Annual report on the lock hospitals of the Madras Presidency
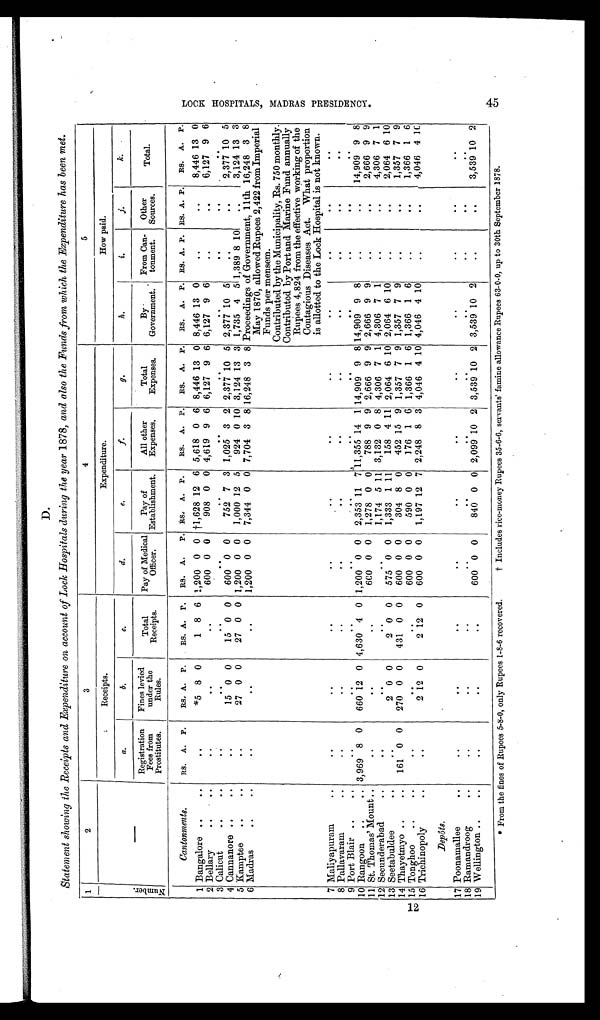
D.
Statement showing the Receipts and Expenditure on account of Lock Hospitals during the year 1878, and also the Funds from which the Expenditure has been met.
1
2
3
4
5
N u m b e r .
—
Receipts.
Expenditure.
How paid.
a.
b.
c .
d.
e.
f.
g.
h.
i.
j.
k.
Registration
Fees from
Prostitutes.
Fines levied
under the
Rules.
Total
Receipts.
Pay of Medical
Officer.
Pay of
Establishment.
All other
Expenses.
Total
Expenses.
By
Government.
From Can-
tonment.
Other
Sources.
Total.
Cantonments.
RS. A. P.
RS. A.
P.
RS. A.
P.
RS. A.
P. RS.
A. P.
RS. A. P.
RS. A. P.
RS. A. P. RS. A. P. RS. A. P.
RS. A. P.
1 Bangalore .. ..
..
*5 8 0
1 8 6 1,200 0 0 †1,628 12 6 5,618 0 6 8,446 13 0 8,446 13 0
..
. .
8,446 13 0
2 Bellary
..
..
..
. .
. . 600 0 0
908 0 0 4,619 9 6 6,127 9 6 6,127 9 6
..
..
6,127 9 6
3 Calicut
..
..
. .
. .
. .
. .
. .
. .
. .
. .
. .
. .
. .
4 Cannanore ..
..
..
15 0 0
15 0 0
600 0 0
752 7 3 1,025 3 2 2,377 10 5 2,377 10 5
..
. .
2,377 10 5
5 Kamptee
..
.
. .
27 0 0
27 0 0 1,200 0 0
1,000 12 5
924 0 10 3,124 13 3 1,735 4 5 1,389 8 10
..
3,124 13 3
6 Madras
..
.
. .
. .
. .
1,200 0 0 7,344 0 0 7,704 3 8 16,248 3 8 Proceedings of Government, 11th 16,248 3 8
May 1870, allowed Rupees 2,422 from Imperial
Funds per mensem.
Contributed by the Municipality, Rs. 750 monthly.
Contributed by Port and Marine Fund annually
Rupees 4,824 from the effective working of the
Contagious Diseases Act. What proportion
is allotted to the Lock Hospital is not known.
7 Maliyapuram
..
..
..
..
..
. .
. .
. .
. .
. .
. .
. .
8 Pallavaram
..
..
..
..
. .
..
. .
..
. .
. .
. .
. .
9 Port Blair ..
..
..
..
..
..
. .
..
. .
. .
..
. .
. .
10 Rangoon ..
.. 3,969 8 0
660 12 0 4,630 4 0 1,200 0 0
2,353 11
7 11,355 14 1 14,909 9 8 14,909 9 8
..
..
14,909 9 8
11 St. Thomas' Mount ..
..
..
..
600 0 0
1,278 0 0
788 9 9 2,666 9 9 2,666 9 9
..
. .
2,666 9 9
12 Secunderabad
..
. .
. .
. .
..
1,174 5 11 3,132 0 8 4,306 7 1 4,306 7 1
..
..
4,306 7 1
13 Seetabuldee
..
..
2 0 0
2 0 0
575 0 0
1,333 1 11
158 4 11 2,064 6 10 2,064 6 10
..
. .
2,064 6 10
14 Thayetmyo ..
..
161 0 0
270 0 0
431 0 0
600 0 0
304 8 0
452 15 9 1,357 7 9 1,357 7 9
. .
.
1,357 7 9
15 Tonghoo
..
..
. .
. .
. . 600 0 0
590 0 0
176 1 6 1,366 1 6 1,366 1 6
..
..
1,366 1 6
16 Trichinopoly
..
..
2 12 0
2 12 0
600 0 0
1,197 12 7 2,248 8 3 4,046 4 10 4,046 4 10
..
. .
4,046 4 10
Depôts.
17 Poonamallee
..
. .
..
. .
..
..
. .
. .
. .
. .
. .
. .
18 Ramandroog
..
. .
. .
. .
. .
. .
. .
. .
. .
. .
. .
. .
19 Wellington ..
..
. .
..
. . 600 0 0
840 0 0 2,099
1 0
2 3,539 10 2 3,539 10 2
..
. .
3,539 10 2
12
* From the fines of Rupees 5-8-0, only Rupees 1-8-6 recovered. † Includes rice-money Rupees 35-6-6, servants' famine allowance Rupees 63-0-0, up to 30th September 1878.
L O C K H O S P I T A L S , M A D R A S P R E S I D E N C Y .
45